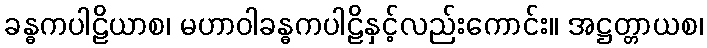
ခန္ဓကပါဠိယာစ၊ မဟာဝါခန္ဓကပါဠိနှင့်လည်းကောင်း။ အဋ္ဌတ္တာယစ၊